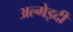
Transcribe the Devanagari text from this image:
अल्गेइदी